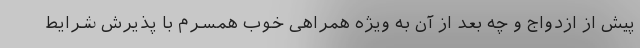
پیش از ازدواج و چه بعد از آن به ویژه همراهی خوب همسرم با پذیرش شرایط